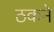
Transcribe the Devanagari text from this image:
ठकने